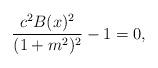
LaTeX: \begin{align*} \frac{c^2 B(x)^2}{(1+m^2)^2} - 1 = 0, \end{align*}